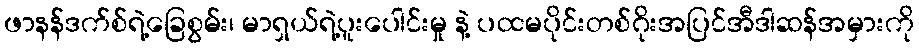
ဖာနန်ဒက်စ်ရဲ့ခြေစွမ်း၊ မာရှယ်ရဲ့ပူးပေါင်းမှု နဲ့ ပထမပိုင်းတစ်ဂိုးအပြင်အီဒါဆန်အမှားကို